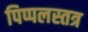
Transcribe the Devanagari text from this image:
पिप्पलस्तत्र